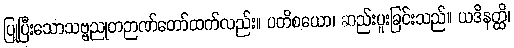
ပြုပြီးသောသဗ္ဗညုတဉာဏ်တော်ထက်လည်း။ ပတိစယော၊ ဆည်းပူးခြင်းသည်။ ယဒိနတ္ထိ၊